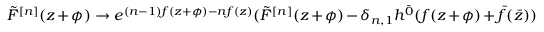
\tilde { F } ^ { [ n ] } ( z + \phi ) \rightarrow e ^ { ( n - 1 ) f ( z + \phi ) - n f ( z ) } ( \tilde { F } ^ { [ n ] } ( z + \phi ) - \delta _ { n , 1 } h ^ { \bar { 0 } } ( f ( z + \phi ) + \bar { f } ( \bar { z } ) )